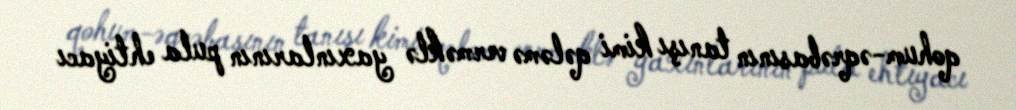
qohum-əqrəbasının tanışı kimi qələmə verməklə yaxınlarının pula ehtiyacı